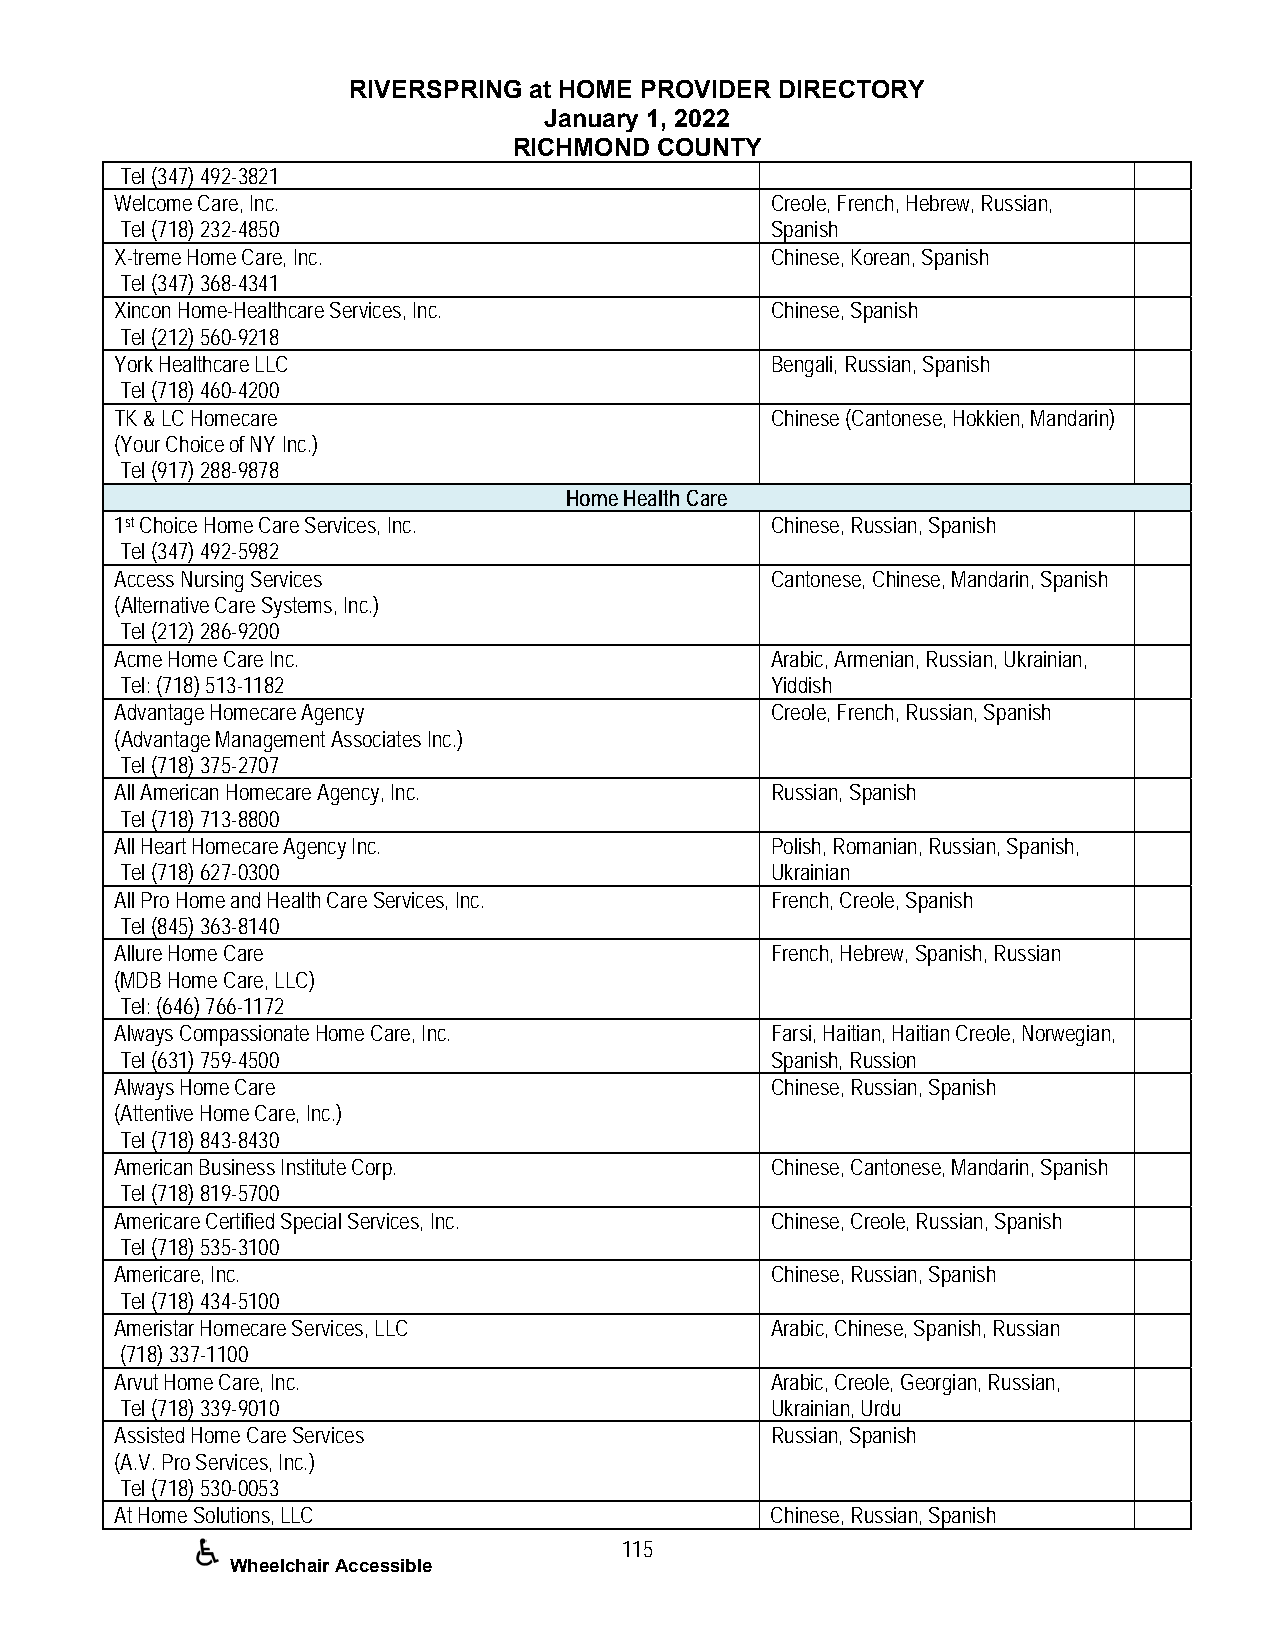
RIVERSPRING at HOME PROVIDER DIRECTORY
 January 1, 2022
 RICHMOND COUNTY
 Tel (347) 492-3821
 Welcome Care, Inc.                         Creole, French, Hebrew, Russian,
 Tel (718) 232-4850                         Spanish
 X-treme Home Care, Inc.                    Chinese, Korean, Spanish
 Tel (347) 368-4341
 Xincon Home-Healthcare Services, Inc.      Chinese, Spanish
 Tel (212) 560-9218
 York Healthcare LLC                        Bengali, Russian, Spanish
 Tel (718) 460-4200
 TK & LC Homecare                           Chinese (Cantonese, Hokkien, Mandarin)
 (Your Choice of NY Inc.)
 Tel (917) 288-9878
 Home Health Care
 1st Choice Home Care Services, Inc.        Chinese, Russian, Spanish
 Tel (347) 492-5982
 Access Nursing Services                    Cantonese, Chinese, Mandarin, Spanish
 (Alternative Care Systems, Inc.)
 Tel (212) 286-9200
 Acme Home Care Inc.                        Arabic, Armenian, Russian, Ukrainian,
 Tel: (718) 513-1182                        Yiddish
 Advantage Homecare Agency                  Creole, French, Russian, Spanish
 (Advantage Management Associates Inc.)
 Tel (718) 375-2707
 All American Homecare Agency, Inc.         Russian, Spanish
 Tel (718) 713-8800
 All Heart Homecare Agency Inc.             Polish, Romanian, Russian, Spanish,
 Tel (718) 627-0300                         Ukrainian
 All Pro Home and Health Care Services, Inc. French, Creole, Spanish
 Tel (845) 363-8140
 Allure Home Care                           French, Hebrew, Spanish, Russian
 (MDB Home Care, LLC)
 Tel: (646) 766-1172
 Always Compassionate Home Care, Inc.       Farsi, Haitian, Haitian Creole, Norwegian,
 Tel (631) 759-4500                         Spanish, Russion
 Always Home Care                           Chinese, Russian, Spanish
 (Attentive Home Care, Inc.)
 Tel (718) 843-8430
 American Business Institute Corp.          Chinese, Cantonese, Mandarin, Spanish
 Tel (718) 819-5700
 Americare Certified Special Services, Inc. Chinese, Creole, Russian, Spanish
 Tel (718) 535-3100
 Americare, Inc.                            Chinese, Russian, Spanish
 Tel (718) 434-5100
 Ameristar Homecare Services, LLC           Arabic, Chinese, Spanish, Russian
 (718) 337-1100
 Arvut Home Care, Inc.                      Arabic, Creole, Georgian, Russian,
 Tel (718) 339-9010                         Ukrainian, Urdu
 Assisted Home Care Services                Russian, Spanish
 (A.V. Pro Services, Inc.)
 Tel (718) 530-0053
 At Home Solutions, LLC                     Chinese, Russian, Spanish
 115
 Wheelchair Accessible